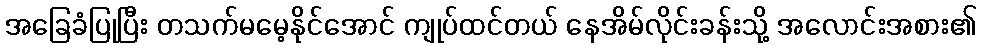
အခြေခံပြုပြီး တသက်မမေ့နိုင်အောင် ကျုပ်ထင်တယ် နေအိမ်လိုင်းခန်းသို့ အလောင်းအစား၏